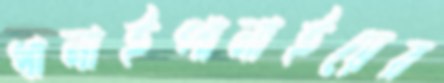
ধানাইপানাইয়ের